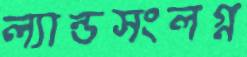
ল্যান্ডসংলগ্ন